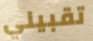
تقبيلي